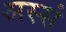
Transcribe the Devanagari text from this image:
अस्सं